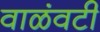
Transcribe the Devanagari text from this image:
वाळंवटी